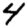
Digit: 4